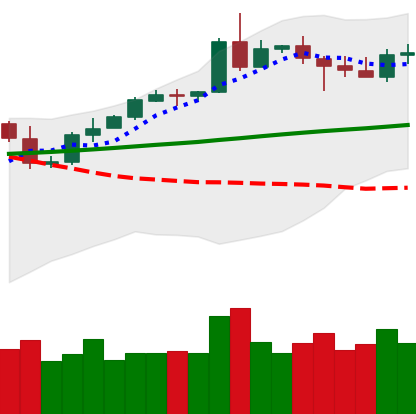
Ticker: ETH-USD
Chart end date: 2020-05-08
Forward return: -6.478%
Label: down_5_7